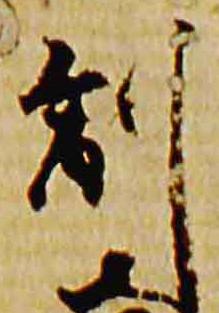
副